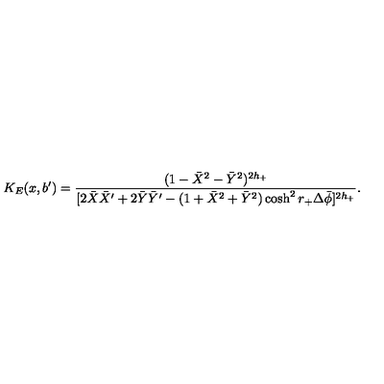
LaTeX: K _ { E } ( x , b ^ { \prime } ) = { \frac { ( 1 - \bar { X } ^ { 2 } - \bar { Y } ^ { 2 } ) ^ { 2 h _ { + } } } { [ 2 \bar { X } \bar { X } ^ { \prime } + 2 \bar { Y } \bar { Y } ^ { \prime } - ( 1 + \bar { X } ^ { 2 } + \bar { Y } ^ { 2 } ) \cosh ^ { 2 } r _ { + } \Delta \bar { \phi } ] ^ { 2 h _ { + } } } } .